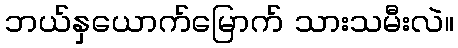
ဘယ်နှယောက်မြောက် သားသမီးလဲ။